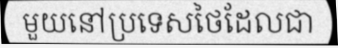
មួយនៅប្រទេសថៃដែលជា